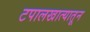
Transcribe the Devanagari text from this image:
टपालखात्यातून